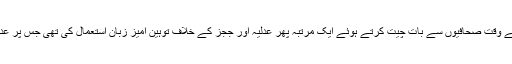
نہال ہاشمی نے ایک ماہ قید کی سزا کاٹنے کےبعد اڈیالہ جیل سے رہائی کے وقت صحافیوں سے بات چیت کرتے ہوئے ایک مرتبہ پھر عدلیہ اور ججز کے خلاف توہین آمیز زبان استعمال کی تھی جس پر عدالت نے ان کے خلاف دوبارہ توہینِ عدالت کی کارروائی شروع کردی تھی۔